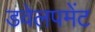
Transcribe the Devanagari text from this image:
डवेलपमेंट